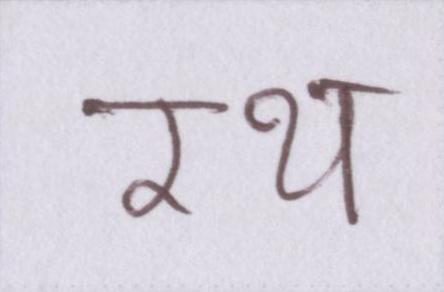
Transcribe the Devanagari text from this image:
रथ